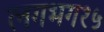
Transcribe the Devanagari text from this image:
लगभग१५